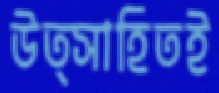
উত্সাহিতই